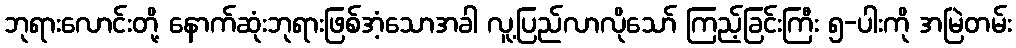
ဘုရားလောင်းတို့ နောက်ဆုံးဘုရားဖြစ်အံ့သောအခါ လူ့ပြည်လာလိုသော် ကြည့်ခြင်းကြီး ၅-ပါးကို အမြဲတမ်း